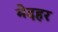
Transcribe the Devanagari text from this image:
मेदहर